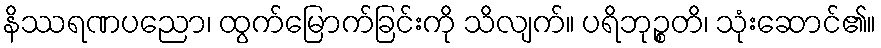
နိဿရဏပညော၊ ထွက်မြောက်ခြင်းကို သိလျက်။ ပရိဘုဉ္စတိ၊ သုံးဆောင်၏။